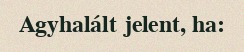
Agyhalált jelent, ha: